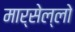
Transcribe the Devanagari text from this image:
मार्सेल्लो